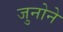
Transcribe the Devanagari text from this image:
जुनोने